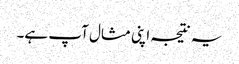
یہ نتیجہ اپنی مثال آپ ہے۔